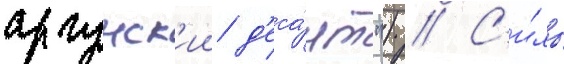
аргунск'ии д'еса́нт") // С'и́лы